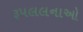
રૂપલલનાઓ